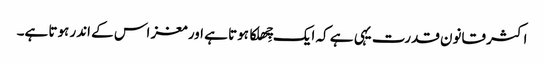
اکثر قانون قدرت یہی ہے کہ ایک چِھلکا ہوتا ہے اور مغز اس کے اندر ہوتا ہے۔